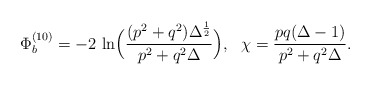
\begin{align*}\Phi_b^{(10)} = - 2 ~{\rm ln}\Big({(p^2 + q^2) \Delta ^{1\over 2}\over{p^2 + q^2 \Delta}}\Big), ~~\chi = {pq(\Delta -1)\over{p^2 + q^2 \Delta}}.\end{align*}